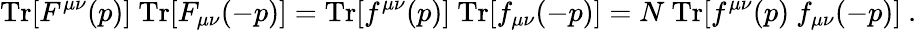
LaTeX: \mathrm{Tr}[F^{\mu\nu}(p)]~\mathrm{Tr}[F_{\mu\nu}(-p)]=\mathrm{Tr}[f^{\mu\nu}(p)]~\mathrm{Tr}[f_{\mu\nu}(-p)]=N~\mathrm{Tr}[f^{\mu\nu}(p)~f_{\mu\nu}(-p)]~.